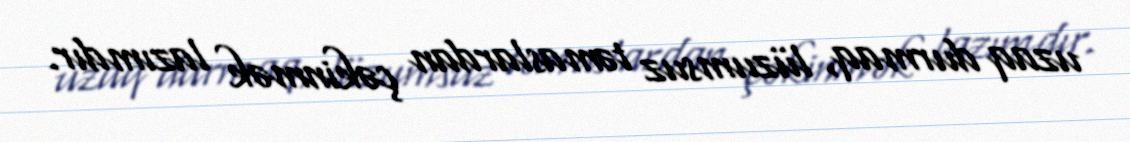
uzaq durmaq, lüzumsuz təmaslardan çəkinmək lazımdır.